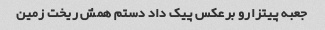
جعبه پیتزارو برعکس پیک داد دستم همش ریخت زمین